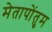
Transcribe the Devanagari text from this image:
मेतापोंतुम